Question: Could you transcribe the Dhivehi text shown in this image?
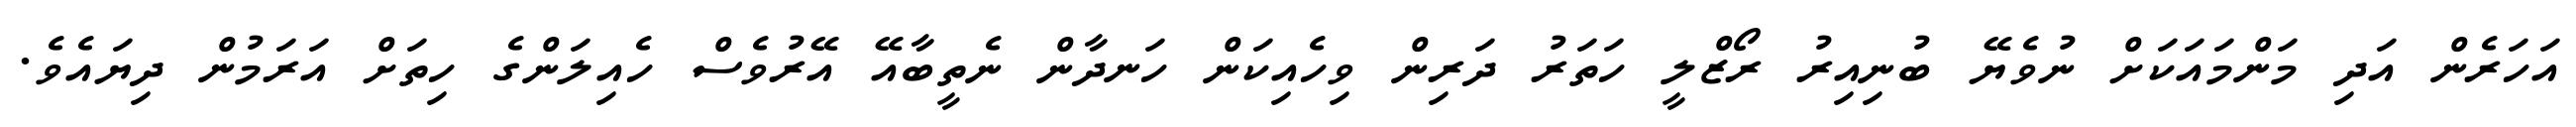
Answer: އަހަރެން އަދި މަންމައަކަށް ނުވެޔޭ ބުނިއިރު ރޯޒްލީ ހަތަރު ދަރިން ވިހެއިކަން ހަނދާން ނެތީބާއޭ އޭރުވެސް ހެއިލަންގެ ހިތަށް އަރަމުން ދިޔައެވެ.